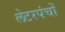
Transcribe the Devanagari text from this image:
लेटरपंचों